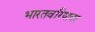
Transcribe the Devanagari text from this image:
भारतवरिषावर